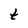
Character: t